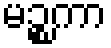
မဉ္စကာ